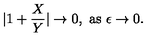
| 1 + { \frac { X } { Y } } | \to 0 , \ \mathrm { a s } \ \epsilon \to 0 .